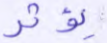
يؤثر